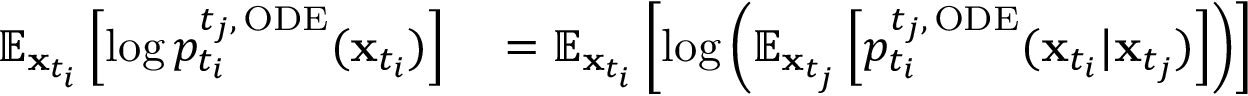
\begin{array} { r l } { \mathbb { E } _ { \mathbf { x } _ { t _ { i } } } \left[ \log p _ { t _ { i } } ^ { t _ { j } , \, \mathrm { O D E } } ( \mathbf { x } _ { t _ { i } } ) \right] } & { { } = \mathbb { E } _ { \mathbf { x } _ { t _ { i } } } \left[ \log \left( \mathbb { E } _ { \mathbf { x } _ { t _ { j } } } \left[ p _ { t _ { i } } ^ { { t _ { j } } , \, \mathrm { O D E } } ( \mathbf { x } _ { t _ { i } } | \mathbf { x } _ { t _ { j } } ) \right] \right) \right] } \end{array}